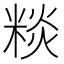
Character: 䊏